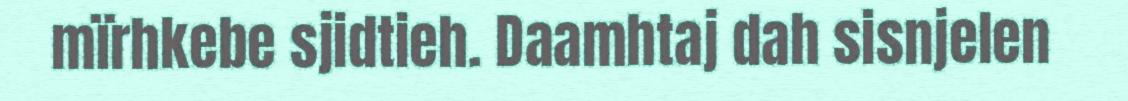
mïrhkebe sjidtieh. Daamhtaj dah sisnjelen